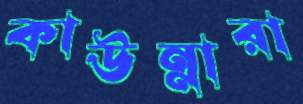
কাউন্নারা